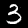
Digit: 3